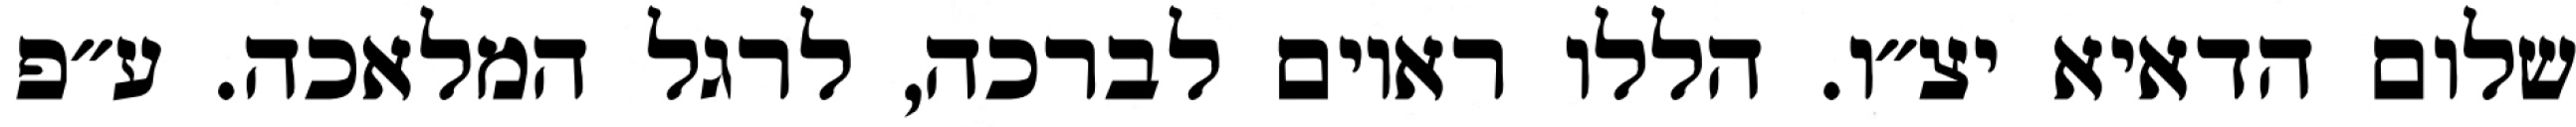
שלום הדאיא יצ״ו. הללו ראוים לברכה, לרגל המלאכה. ע״פ